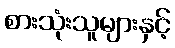
စားသုံးသူများနှင့်